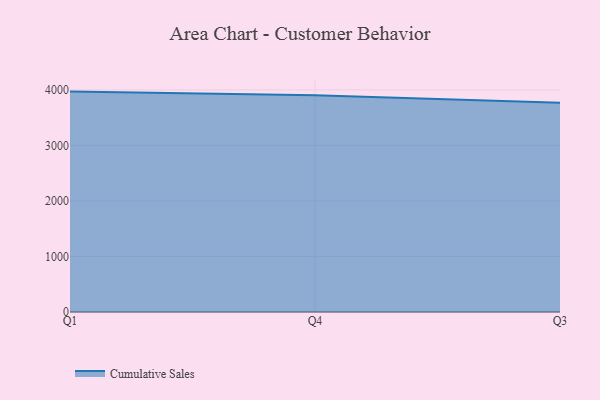
{"axis": {"x": "Quarter", "y": "Conversion Rate (%)"}, "legend": ["Cumulative Sales"], "data": [{"x": "Q1", "y": 3969.7, "type": "Cumulative Sales"}, {"x": "Q4", "y": 3904.7, "type": "Cumulative Sales"}, {"x": "Q3", "y": 3769.1, "type": "Cumulative Sales"}]}